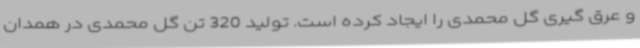
و عرق گیری گل محمدی را ایجاد کرده است. تولید 320 تن گل محمدی در همدان